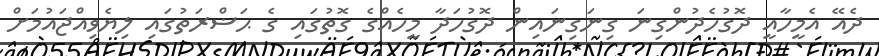
ދެއޭ އެމީހާއީ ދޮގުހެދުންގިނަ ގިނަގިނައިން ދޮގުހަދާ މީހެއްގެ ގޮތުގައި ގެ ޙަޟްރަތުގައި ލިޔެވިއްޖައުމަށް